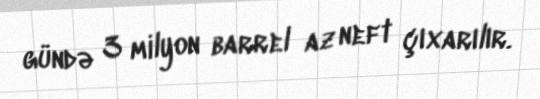
gündə 3 milyon barrel az neft çıxarılır.